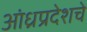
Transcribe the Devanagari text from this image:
आंध्रप्रदेशचे